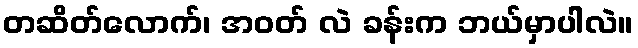
တဆိတ်လောက်၊ အဝတ် လဲ ခန်းက ဘယ်မှာပါလဲ။